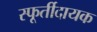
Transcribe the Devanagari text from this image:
स्फूर्तीदायक